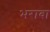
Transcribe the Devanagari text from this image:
भरावा